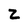
Character: z